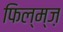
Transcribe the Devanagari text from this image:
फिल्म्ज़